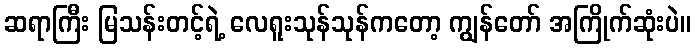
ဆရာကြီး မြသန်းတင့်ရဲ့ လေရူးသုန်သုန်ကတော့ ကျွန်တော် အကြိုက်ဆုံးပဲ။